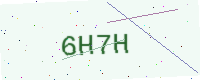
Text: 6H7H